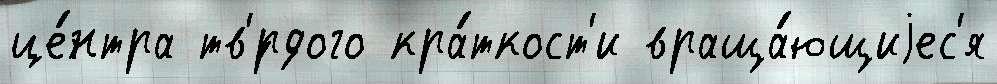
це́нтра тв'́рдого кра́ткост'и враща́ющиjес'я